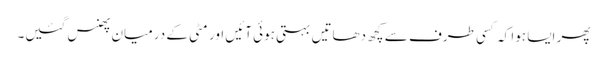
پھر ایسا ہوا کہ کسی طرف سے کچھ دھاتیں بہتی ہوئی آئیں اور مٹی کے درمیان پھنس گئیں۔